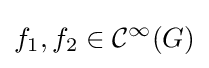
f_{1},f_{2}\in {\mathcal {C}}^{\infty }(G)